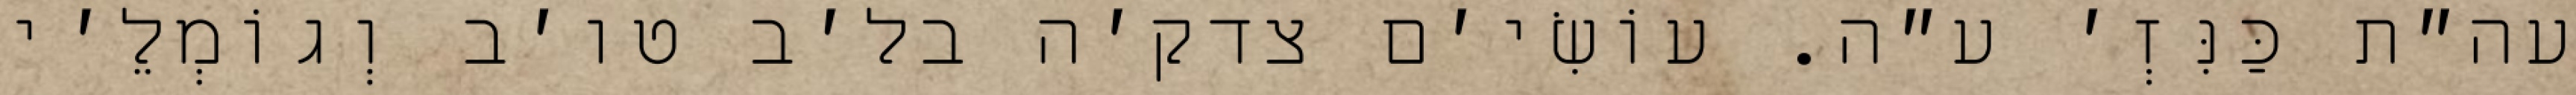
עה״ת כַּנִּזְ׳ ע״ה. עוֹשִׂי׳ם צדק׳ה בל׳ב טו׳ב וְגוֹמְלֵ׳י